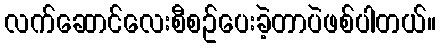
လက်ဆောင်လေးစီစဥ်ပေးခဲ့တာပဲဖစ်ပါတယ်။